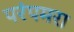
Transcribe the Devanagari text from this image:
परंपमरा